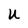
Character: u